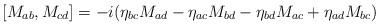
LaTeX: \begin{align*}[M_{ab}, M_{cd}]= -i(\eta_{bc} M_{ad} -\eta_{ac} M_{bd}-\eta_{bd} M_{ac}+\eta_{ad} M_{bc})\end{align*}